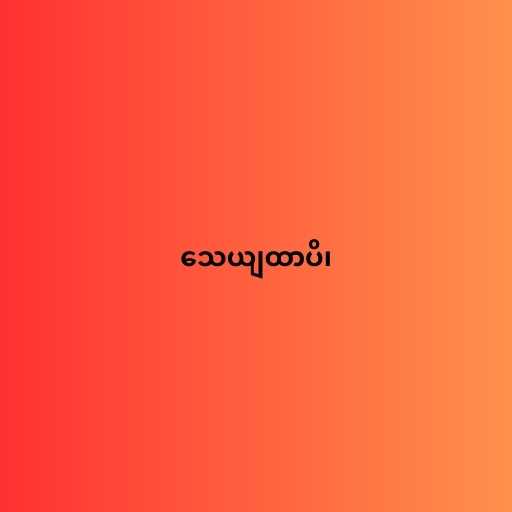
သေယျထာပိ၊